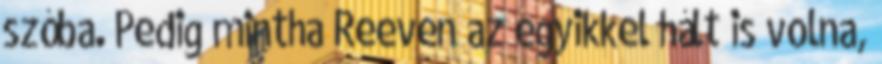
szóba. Pedig mintha Reeven az egyikkel hált is volna,